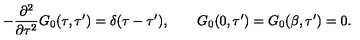
- \frac { \partial ^ { 2 } } { \partial \tau ^ { 2 } } G _ { 0 } ( \tau , \tau ^ { \prime } ) = \delta ( \tau - \tau ^ { \prime } ) , \qquad G _ { 0 } ( 0 , \tau ^ { \prime } ) = G _ { 0 } ( \beta , \tau ^ { \prime } ) = 0 .